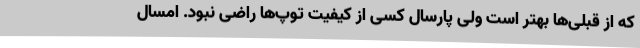
که از قبلی‌ها بهتر است ولی پارسال کسی از کیفیت توپ‌ها راضی نبود. امسال